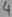
Text: 4